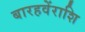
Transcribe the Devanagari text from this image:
बारहवेंराशि